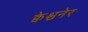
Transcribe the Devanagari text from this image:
क्वेश्चनेर